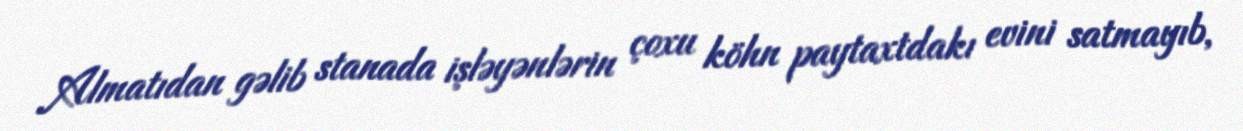
Almatıdan gəlib stanada işləyənlərin çoxu köhn paytaxtdakı evini satmayıb,